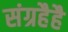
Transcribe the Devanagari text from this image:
संग्रहैहै